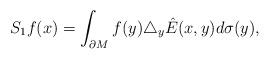
LaTeX: \begin{align*}S_1f(x)=\int_{\partial M} f(y)\triangle_y\hat{E}(x,y)d\sigma(y),\end{align*}